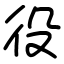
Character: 役